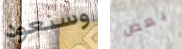
وسنعود بعض